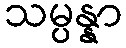
သမ္ပန္နာ